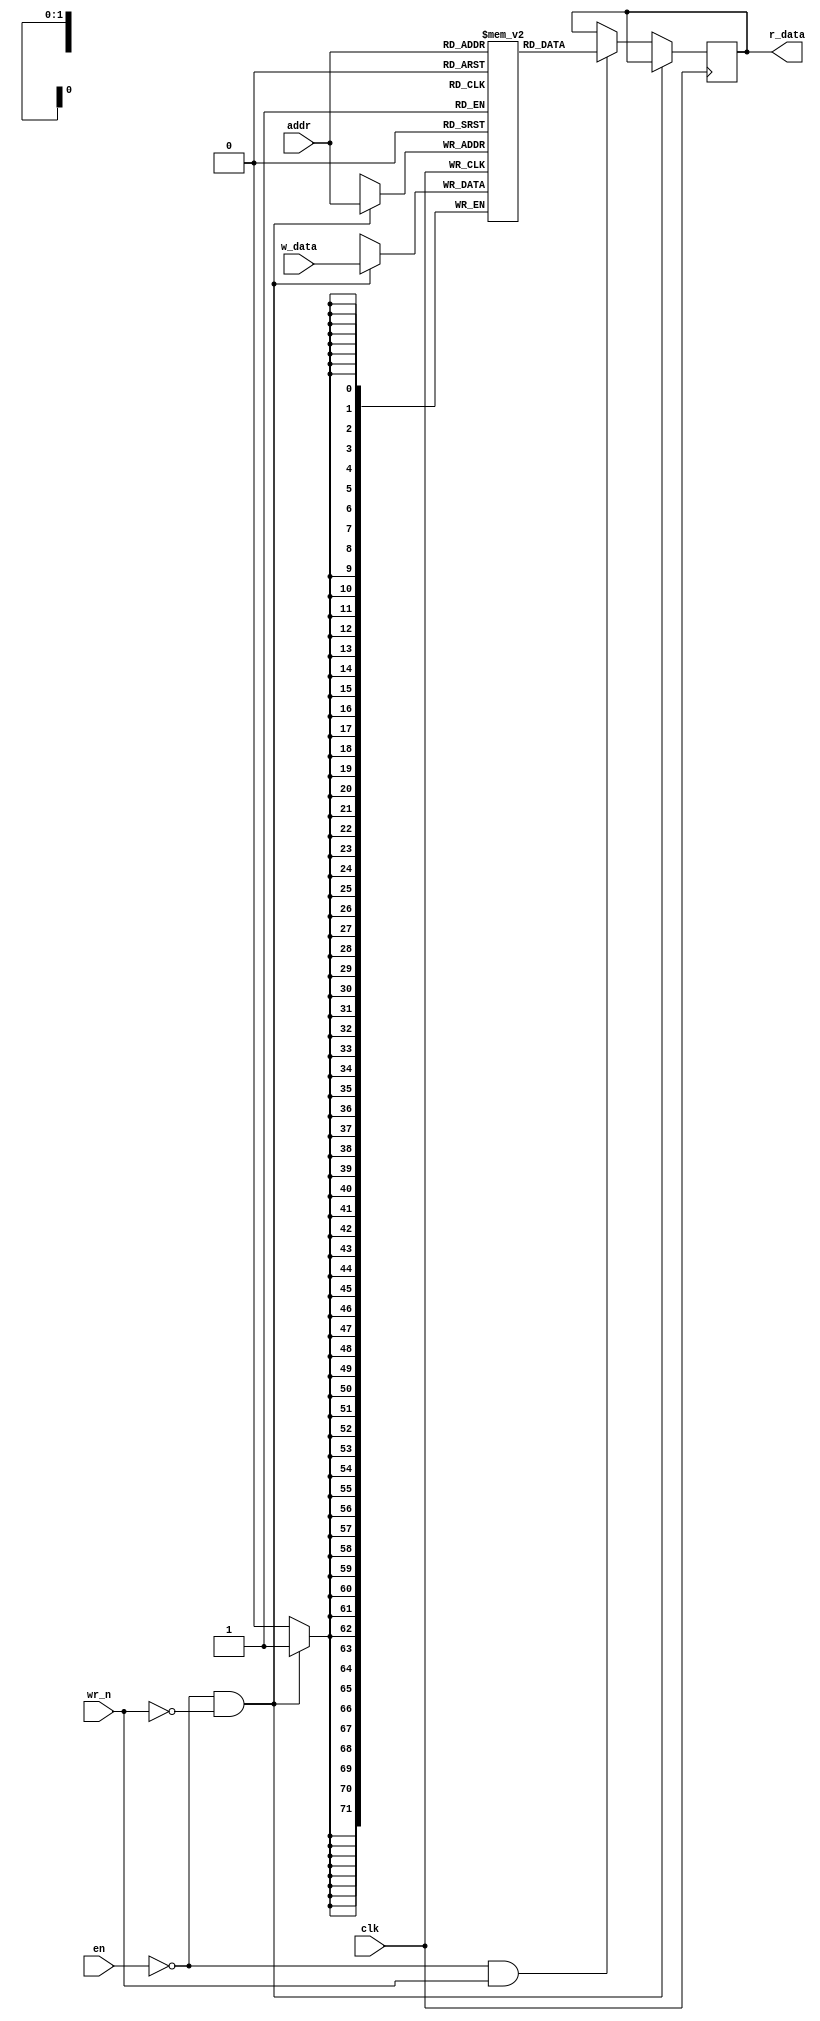
module dff_ram(
    input wire clk,
    input wire [1:0] addr,
    input wire en,
    input wire wr_n,
    input wire [71:0] w_data,

    output reg [71:0] r_data
);


reg [71:0] mem [3:0] ;

always @ (posedge clk) begin 
if (!en & !wr_n)begin
mem[addr] <= w_data;
end
else if  (!en & wr_n)begin
r_data <= mem[addr];
end
end
endmodule